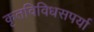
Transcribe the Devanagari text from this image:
कृतविविधसपर्या